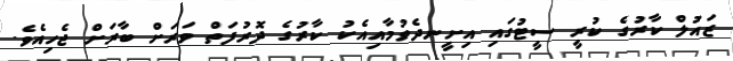
ޒައުލް ކާރުގެ ކުރީ ސީޓުގައި އިށީނދެވުމާއިއެކު ކާރުގެ ދޮރުފަތް ވަރަށް ބާރަށް ޖެހިއެވެ.